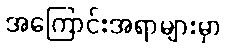
အကြောင်းအရာများမှာ